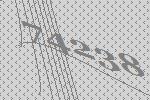
74238